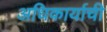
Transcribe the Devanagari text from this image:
अधिकार्याची